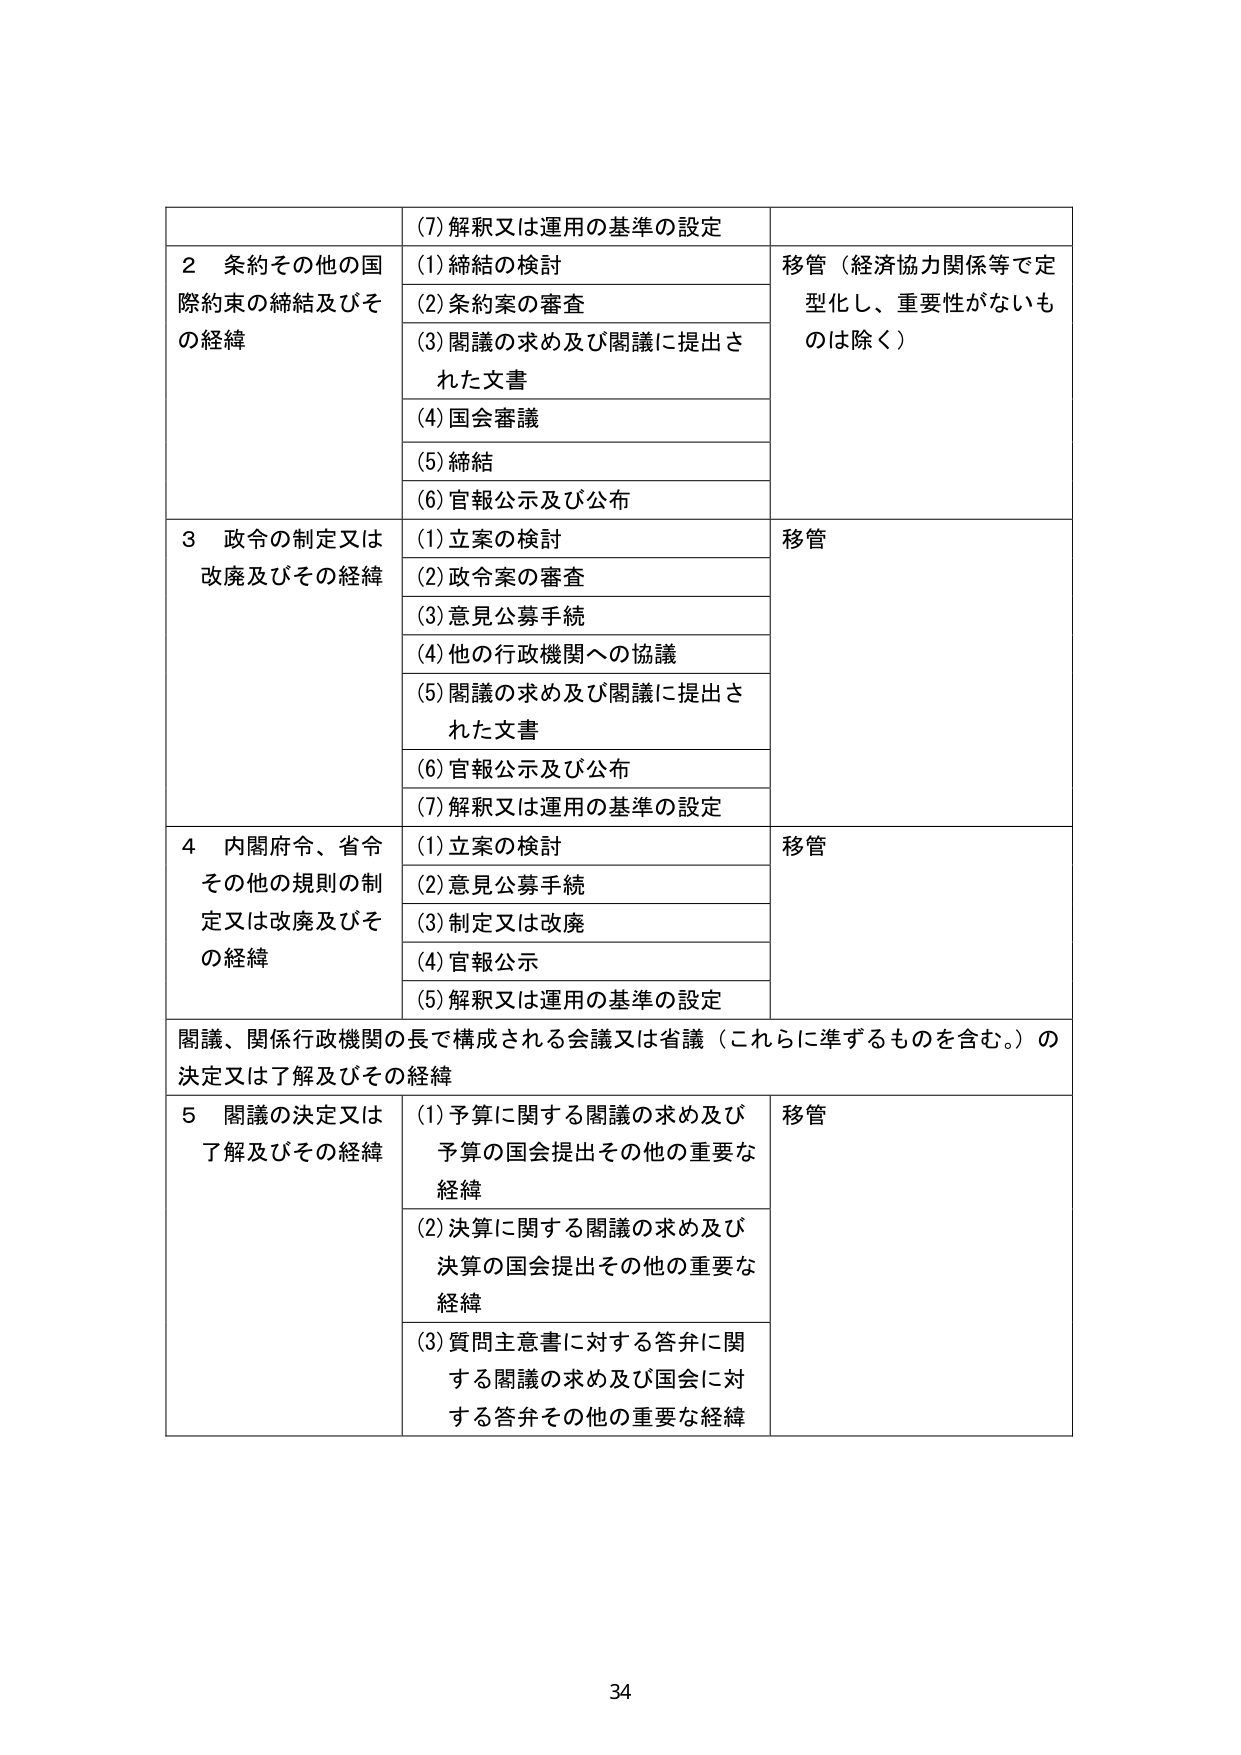
(7) 解釈又は運用の基準の設定

2 条約その他の国際約束の締結及びその経緯
(1) 締結の検討
(2) 条約案の審査
(3) 閣議の求め及び閣議に提出された文書
(4) 国会審議
(5) 締結
(6) 官報公示及び公布
移管（経済協力関係等で定型化し、重要性がないものは除く）

3 政令の制定又は改廃及びその経緯
(1) 立案の検討
(2) 政令案の審査
(3) 意見公募手続
(4) 他の行政機関への協議
(5) 閣議の求め及び閣議に提出された文書
(6) 官報公示及び公布
(7) 解釈又は運用の基準の設定
移管

4 内閣府令、省令その他の規則の制定又は改廃及びその経緯
(1) 立案の検討
(2) 意見公募手続
(3) 制定又は改廃
(4) 官報公示
(5) 解釈又は運用の基準の設定
移管

閣議、関係行政機関の長で構成される会議又は省議（これらに準ずるものを含む。）の決定又は了解及びその経緯

5 閣議の決定又は了解及びその経緯
(1) 予算に関する閣議の求め及び予算の国会提出その他の重要な経緯
(2) 決算に関する閣議の求め及び決算の国会提出その他の重要な経緯
(3) 質問主意書に対する答弁に関する閣議の求め及び国会に対する答弁その他の重要な経緯
移管

34